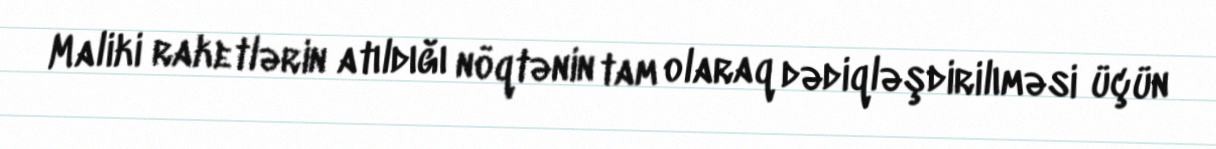
Maliki raketlərin atıldığı nöqtənin tam olaraq dədiqləşdirilıməsi üçün